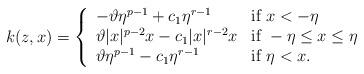
LaTeX: \begin{align*}k(z,x)=\left\{\begin{array}{ll}-\vartheta\eta^{p-1}+c_1\eta^{r-1} & \mbox{if}\ x<-\eta \\ \vartheta|x|^{p-2}x-c_1|x|^{r-2}x & \mbox{if}\ -\eta\leq x \leq \eta \\ \vartheta\eta^{p-1}-c_1\eta^{r-1} & \mbox{if}\ \eta<x.\end{array}\right.\end{align*}